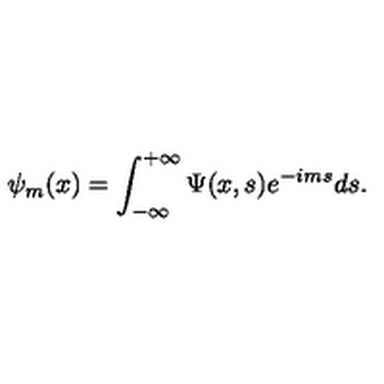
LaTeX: \psi _ { m } ( x ) = \int _ { - \infty } ^ { + \infty } \Psi ( x , s ) e ^ { - i m s } d s .